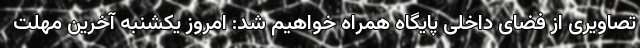
تصاویری از فضای داخلی پایگاه همراه خواهیم شد: امروز یکشنبه آخرین مهلت